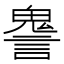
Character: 𧫏